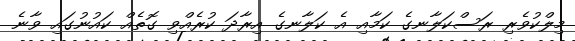
މިލްކުވެރި ރަސްކަލާނގެ ކަމާއި އެ ކަލާނގެ އިރާދަ ކުރެއްވި ގޮތެއް ކައުނުގައި ވާނެ